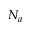
N _ { a }